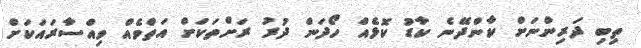
ތިބި ދަރިންނަށް ކާންދޭނެ ކާޑު ކޮޅެއް ހޯދަން ދުރު ރަށްތަކަށް އަތްވެއް ވިއްސާރައަކަށް